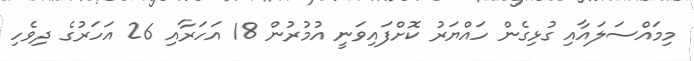
މިމައްސަލައާއި ގުޅިގެން ހައްޔަރު ކޮށްފައިވަނީ އުމުރުން 18 އަހަރާއި 26 އަހަރުގެ ދިވެހި